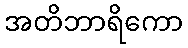
အတိဘာရိကော